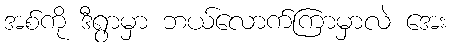
အစ်ကို ဒီရွာမှာ ဘယ်လောက်ကြာမှာလဲ အေး